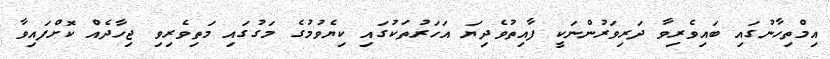
އިމްތިހާނުގައި ބައިވެރިވާ ދަރިވަރުންނަކީ ފާއިތުވެދިޔަ އަހަރުތަކުގައި ކިޔެވުމުގެ މަގުގައި މަތިވެރިވި ޖިހާދެއް ކޮށްފައިވާ